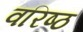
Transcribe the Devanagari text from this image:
वरिष्ठ